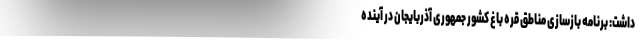
داشت: برنامه بازسازی مناطق قره باغ کشور جمهوری آذربایجان در آینده